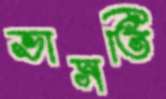
ভাসতি